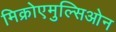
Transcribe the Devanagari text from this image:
मिक्रोएमुल्सिओन